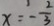
x = - \frac { 2 } { 3 }